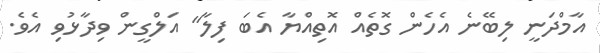
އާމްދަނީ ލިބޭނެ އެހެން ގޮތެއް އޮތިއްޔާ އެބަ ފިލާ" އަލްގީން ވިދާޅުވި އެވެ.